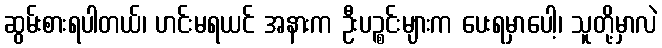
ဆွမ်းစားရပါတယ်၊ ဟင်းမရယင် အနားက ဦးပဉ္စင်းများက ပေးရမှာပေါ့၊ သူတို့မှာလဲ